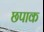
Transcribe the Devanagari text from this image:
छपाक